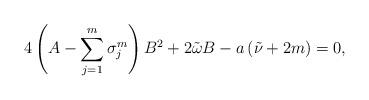
LaTeX: \begin{align*}4\left( A-\sum_{j=1}^{m}\sigma _{j}^{m}\right) B^{2}+2\tilde{\omega}B-a\left( \tilde{\nu}+2m\right) =0, \end{align*}